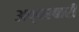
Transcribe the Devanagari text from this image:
अप्परबारी